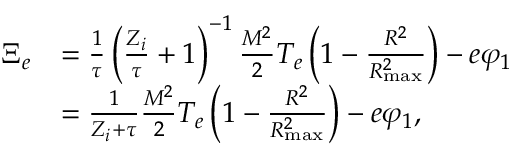
\begin{array} { r l } { \Xi _ { e } } & { = \frac { 1 } { \tau } \left( \frac { Z _ { i } } { \tau } + 1 \right) ^ { - 1 } \frac { M ^ { 2 } } { 2 } T _ { e } \left( 1 - \frac { R ^ { 2 } } { R _ { \mathrm { m a x } } ^ { 2 } } \right) - e \varphi _ { 1 } } \\ & { = \frac { 1 } { Z _ { i } + \tau } \frac { M ^ { 2 } } { 2 } T _ { e } \left( 1 - \frac { R ^ { 2 } } { R _ { \mathrm { m a x } } ^ { 2 } } \right) - e \varphi _ { 1 } , } \end{array}